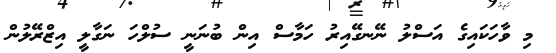
މި ވާހަކައިގެ އަސްލު ނޭނގޭއިރު ހަމާސް އިން ބުނަނީ ސުލްހަ ނަގާލީ އިޒްރޭލުން